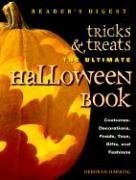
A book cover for Tricks and Treats; Deborah Harding; Cookbooks, Food & Wine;